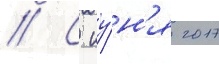
// С иу́н'я 2017